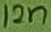
Text: 12n